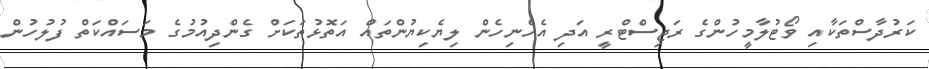
ކަރުދާސްތަކާއި ވޯޓުލާމީހުންގެ ރަޖިސްޓްރީ އަދި އެހެނިހެން ލިޔެކިޔުންތައް އަތޮޅުތަކަށް ގެންދިއުމުގެ މަސައްކަތް ފުލުހުން